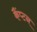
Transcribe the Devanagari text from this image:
कैंप्टन